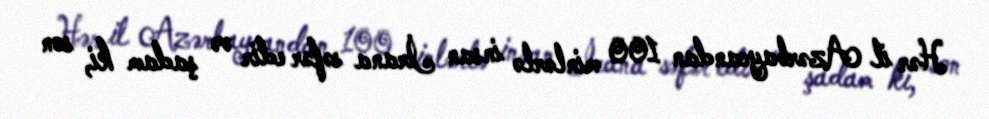
Hər il Azərbaycandan 100 minlərlə insan İrana səfər edir və şadam ki, son